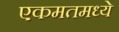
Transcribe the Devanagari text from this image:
एकमतमध्ये